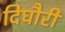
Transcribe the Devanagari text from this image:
दिघौरी